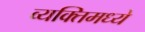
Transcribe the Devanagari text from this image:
व्यक्तिमध्ये